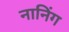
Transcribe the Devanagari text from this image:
नानिंग